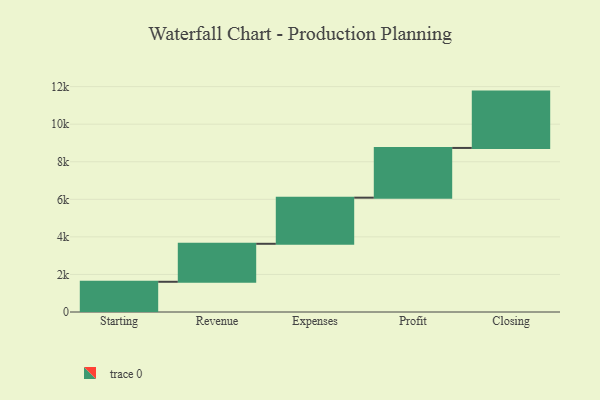
{"axis": {"x": "Step", "y": "Value"}, "legend": [""], "data": [{"x": "Starting", "y": 1609.0, "type": ""}, {"x": "Revenue", "y": 2023.0, "type": ""}, {"x": "Expenses", "y": 2456.0, "type": ""}, {"x": "Profit", "y": 2648.0, "type": ""}, {"x": "Closing", "y": 3000, "type": ""}]}